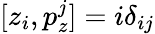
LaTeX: [z_{i},p_{z}^{j}]=i\delta_{ij}